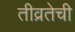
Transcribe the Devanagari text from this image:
तीव्रतेची